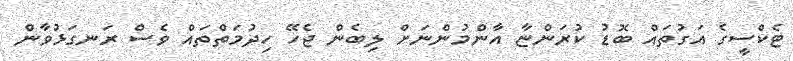
ޓެކްސީގެ އަގުތައް ބޮޑު ކުރަންޏާ އާންމުންނަށް ލިބެން ޖެހޭ ހިދުމަތްތައް ވެސް ރަނގަޅުވާން